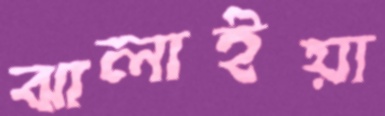
ঝালাইয়া